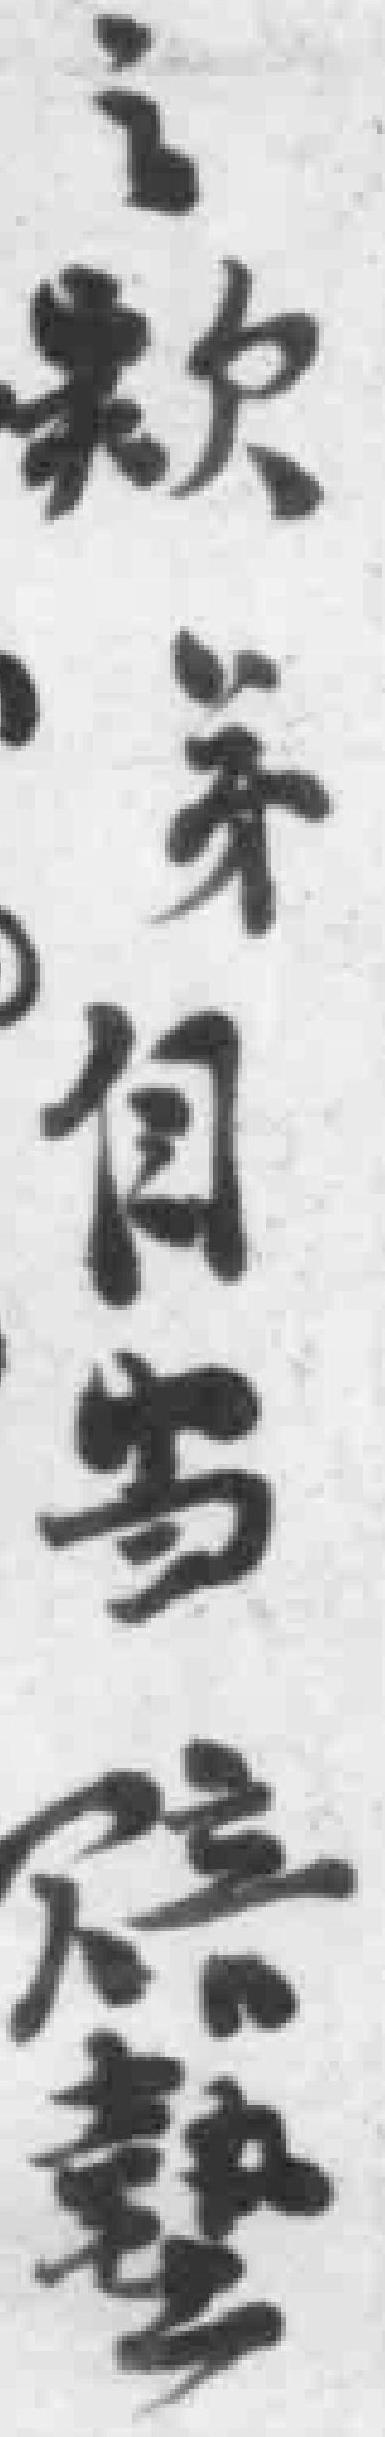
之款弟自当赔墊